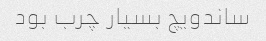
ساندویچ بسیار چرب بود